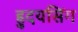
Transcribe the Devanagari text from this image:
ह्रुदयसिंग